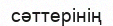
сәттерінің